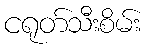
ငရုတ်သီးစိမ်း